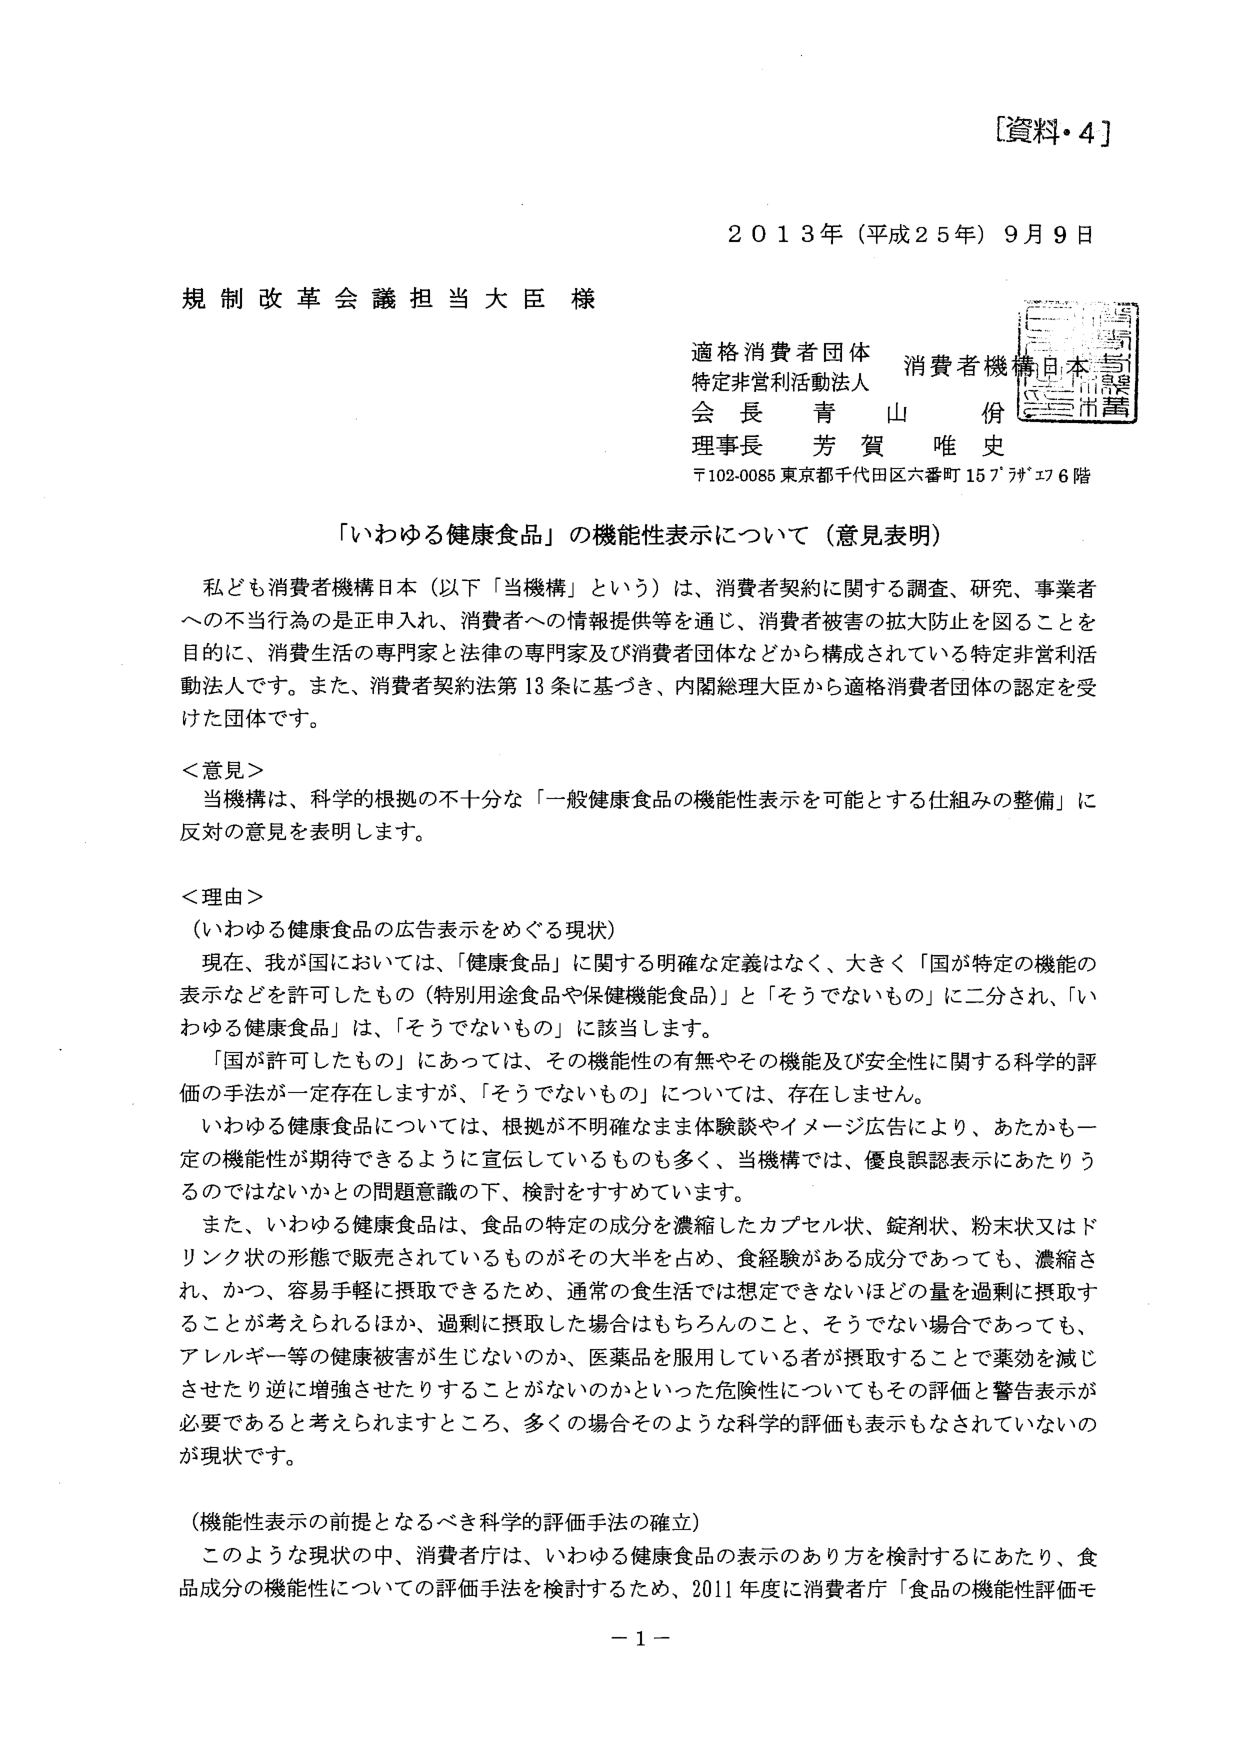
[資料・4]

2013年（平成25年）9月9日

規制改革会議担当大臣 様

適格消費者団体
特定非営利活動法人 消費者機構日本
会長 青山 佾
理事長 芳賀 唯史
〒102-0085 東京都千代田区六番町157番地6階

「いわゆる健康食品」の機能性表示について（意見表明）

私ども消費者機構日本（以下「当機構」という）は、消費者契約に関する調査、研究、事業者への不当行為の是正申入れ、消費者への情報提供等を通じ、消費者被害の拡大防止を図ることを目的に、消費生活の専門家と法律の専門家及び消費者団体などから構成されている特定非営利活動法人です。また、消費者契約法第13条に基づき、内閣総理大臣から適格消費者団体の認定を受けた団体です。

＜意見＞
当機構は、科学的根拠の不十分な「一般健康食品の機能性表示を可能とする仕組みの整備」に反対の意見を表明します。

＜理由＞
（いわゆる健康食品の広告表示をめぐる現状）
現在、我が国においては、「健康食品」に関する明確な定義はなく、大きく「国が特定の機能の表示などを許可したもの（特別用途食品や保健機能食品）」と「そうでないもの」に二分され、「いわゆる健康食品」は、「そうでないもの」に該当します。
「国が許可したもの」にあっては、その機能性の有無やその機能及び安全性に関する科学的評価の手法が一定存在しますが、「そうでないもの」については、存在しません。
いわゆる健康食品については、根拠が不明確なまま体験談やイメージ広告により、あたかも一定の機能性が期待できるように宣伝しているものも多く、当機構では、優良誤認表示にあたりうるのではないかとの問題意識の下、検討をすすめています。
また、いわゆる健康食品は、食品の特定の成分を濃縮したカプセル状、錠剤状、粉末状又はドリンク状の形態で販売されているものがその大半を占め、食経験がある成分であっても、濃縮され、かつ、容易手軽に摂取できるため、通常の食生活では想定できないほどの量を過剰に摂取することが考えられるほか、過剰に摂取した場合はもちろんのこと、そうでない場合であっても、アレルギー等の健康被害が生じないのか、医薬品を服用している者が摂取することで薬効を減じさせたり逆に増強させたりすることがないのかといった危険性についてもその評価と警告表示が必要であると考えられますところ、多くの場合そのような科学的評価も表示もなされていないのが現状です。

（機能性表示の前提となるべき科学的評価手法の確立）
このような現状の中、消費者庁は、いわゆる健康食品の表示のあり方を検討するにあたり、食品成分の機能性についての評価手法を検討するため、2011年度に消費者庁「食品の機能性評価モ

－1－